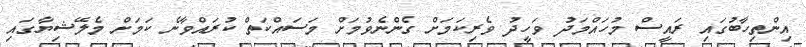
އިންތިހާބުގައި ރައީސް މުހައްމަދު ވަހީދު ވެރިކަމަށް ގެންނެވުމަށް މަސައްކަތް ކުރައްވާނެ ކަމަށް މެލޭޝިޔާގައި